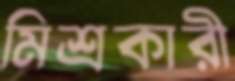
মিশ্রকারী